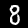
Digit: 8